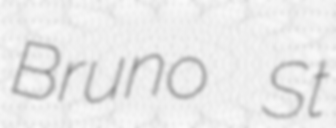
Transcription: Bruno St